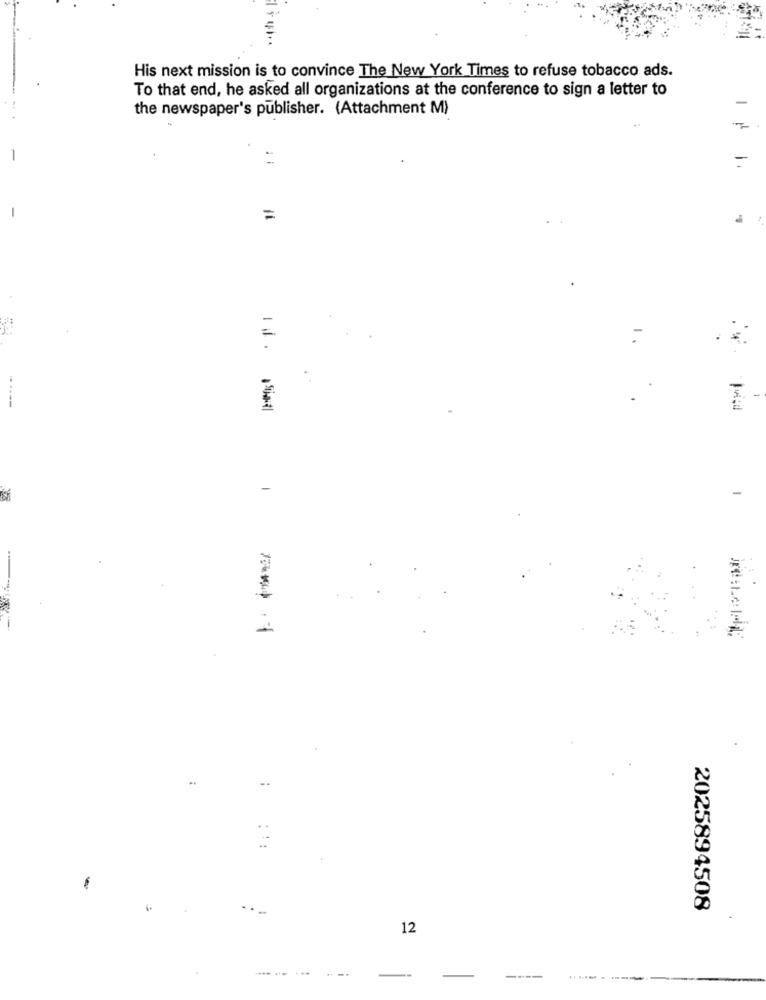
His next mission is to convince The New York Times to refuse tobacco ads.
To that end, he asked all organizations at the conference to sign a letter to
the newspaper's publisher. (Attachment M)
-
=
-
:
---
2025894508
12
----